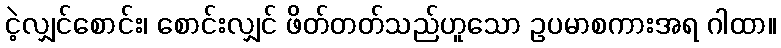
ငဲ့လျှင်စောင်း၊ စောင်းလျှင် ဖိတ်တတ်သည်ဟူသော ဥပမာစကားအရ ဂါထာ။